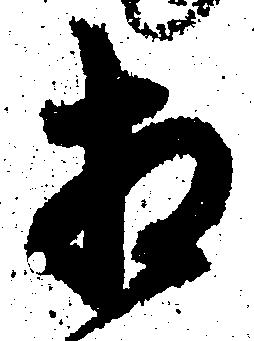
相